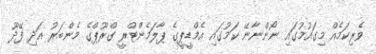
ވެރިކަމެއް މިގައުމުގައި ނޯންނާނޭ ކަމުގައި އެމްޑީޕީގެ ޕާލަމެންޓްރީ ގްރޫޕްގެ މެންބަރު އަދި ފޭދޫ